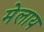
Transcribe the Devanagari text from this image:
मेलाय